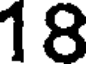
18